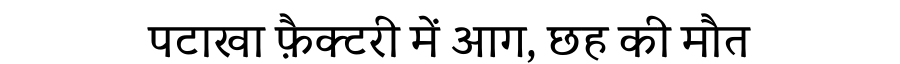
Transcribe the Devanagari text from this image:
पटाखा फ़ैक्टरी में आग, छह की मौत